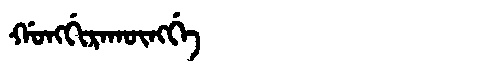
Manchu: ᡤᠣᠩᡤᡳᡵᠠᡴᡡᠩᡤᡝ
Romanization: GONGGIRAKŪNGGE